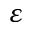
\varepsilon